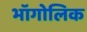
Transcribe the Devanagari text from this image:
भॉगोलिक